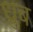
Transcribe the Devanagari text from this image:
ध्रुब